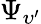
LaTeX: \Psi_{\upsilon^{\prime}}